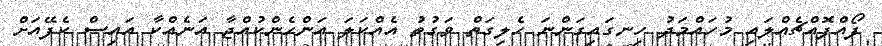
ފޯއްފޮއްޗެއްލައި މުހައްމަދު ހިނގައިގަންނަ ހެލިގަތް ވަގުތު އެއްކަލަ އަންހެންކުއްޖާ އަނެއްކާ އައިސް ކެފޭއަށް